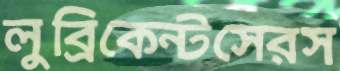
লুব্রিকেন্টসেরস